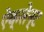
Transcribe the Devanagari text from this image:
ऐक्सेन्ट